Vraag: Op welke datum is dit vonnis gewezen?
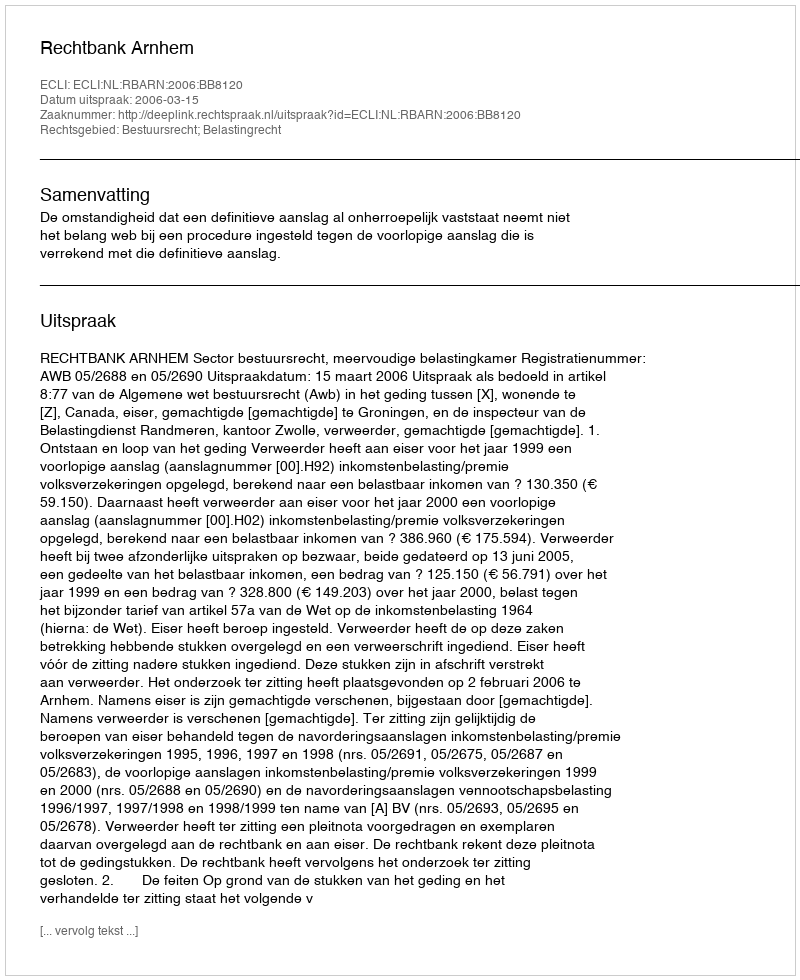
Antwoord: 2006-03-15